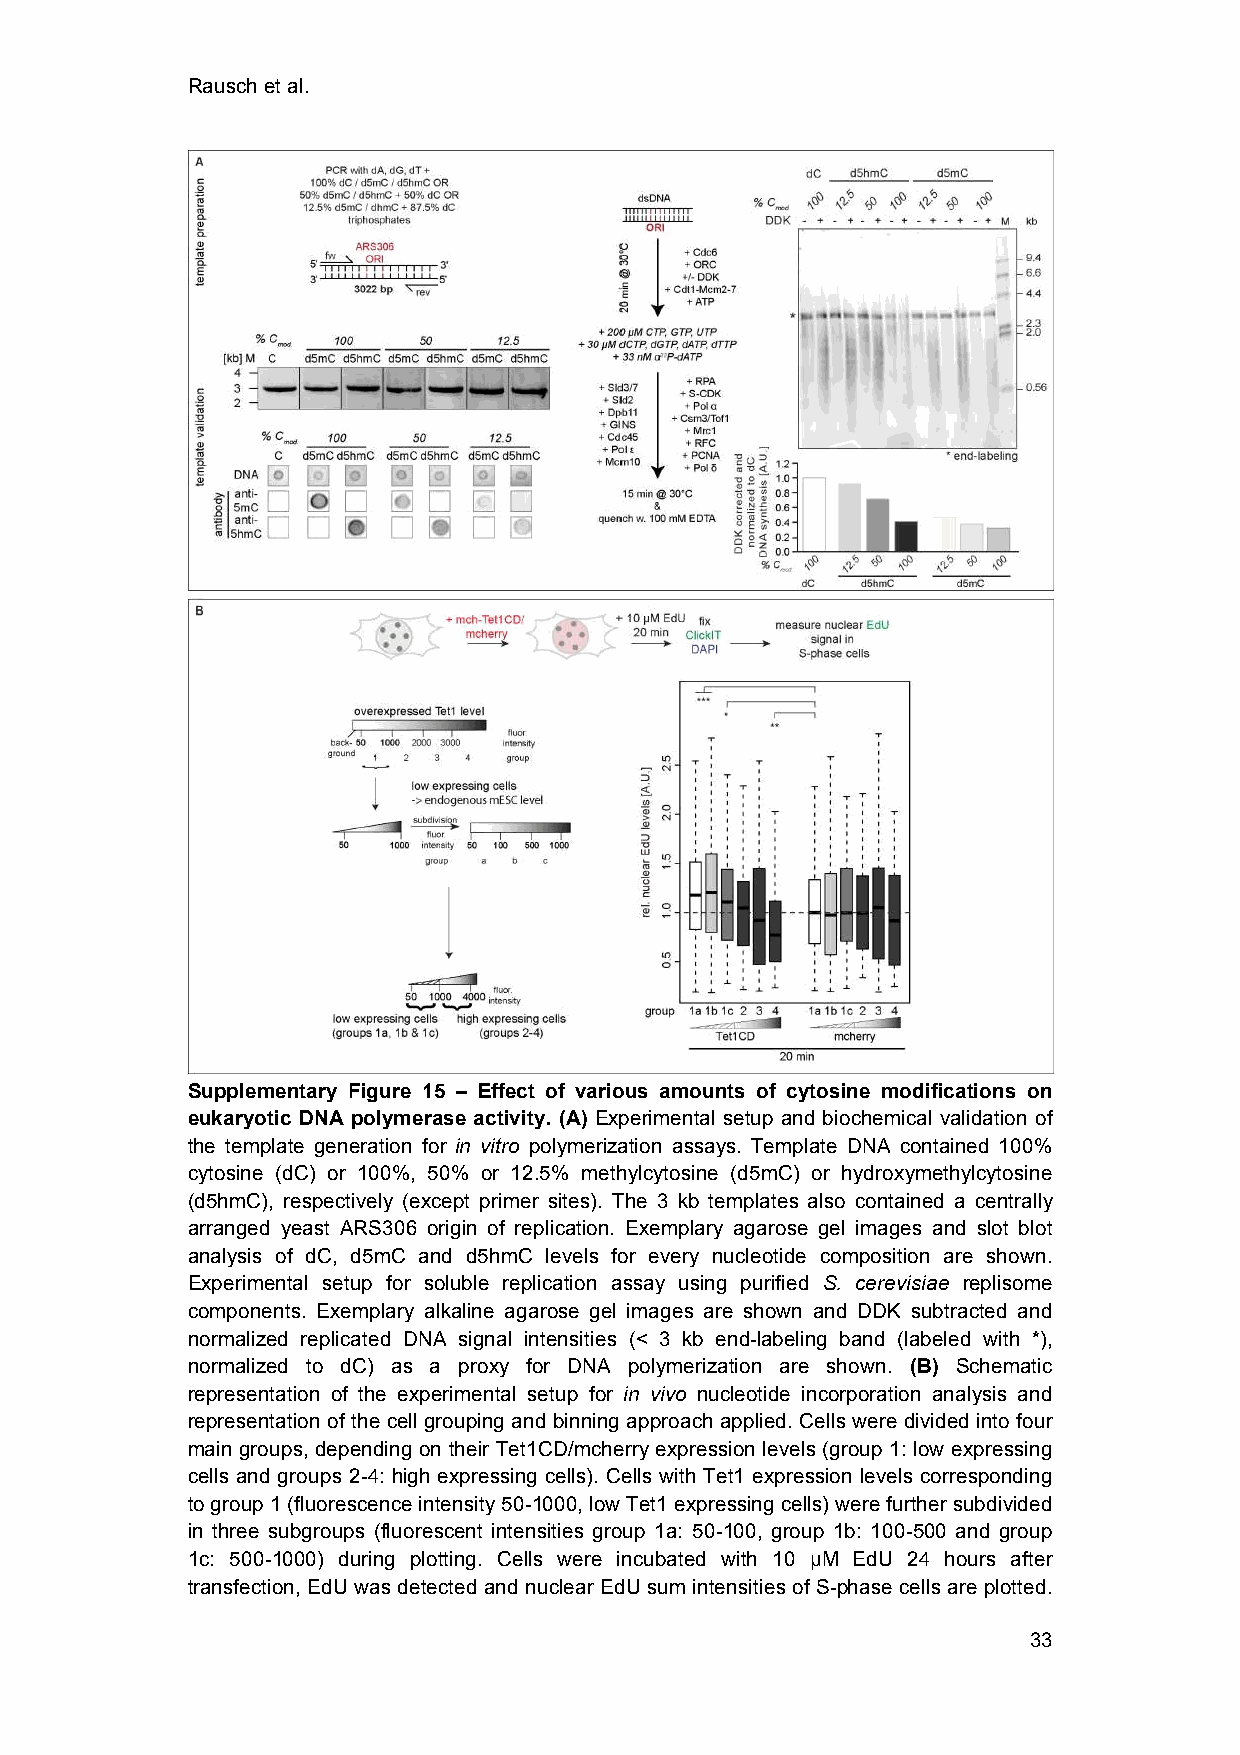
Rausch et al.
 Supplementary Figure 15 – Effect of various amounts of cytosine modifications on
 eukaryotic DNA polymerase activity. (A) Experimental setup and biochemical validation of
 the template generation for in vitro polymerization assays. Template DNA contained 100%
 cytosine (dC) or 100%, 50% or 12.5% methylcytosine (d5mC) or hydroxymethylcytosine
 (d5hmC), respectively (except primer sites). The 3 kb templates also contained a centrally
 arranged yeast ARS306 origin of replication. Exemplary agarose gel images and slot blot
 analysis of dC, d5mC and d5hmC levels for every nucleotide composition are shown.
 Experimental setup for soluble replication assay using purified S. cerevisiae replisome
 components. Exemplary alkaline agarose gel images are shown and DDK subtracted and
 normalized replicated DNA signal intensities (< 3 kb end-labeling band (labeled with *),
 normalized to dC) as a proxy for DNA polymerization are shown. (B) Schematic
 representation of the experimental setup for in vivo nucleotide incorporation analysis and
 representation of the cell grouping and binning approach applied. Cells were divided into four
 main groups, depending on their Tet1CD/mcherry expression levels (group 1: low expressing
 cells and groups 2-4: high expressing cells). Cells with Tet1 expression levels corresponding
 to group 1 (fluorescence intensity 50-1000, low Tet1 expressing cells) were further subdivided
 in three subgroups (fluorescent intensities group 1a: 50-100, group 1b: 100-500 and group
 1c: 500-1000) during plotting. Cells were incubated with 10 µM EdU 24 hours after
 transfection, EdU was detected and nuclear EdU sum intensities of S-phase cells are plotted.
 33